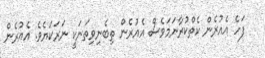
ފަހެ އެއުރެން ކެތްކުރާނަމަވެސް އެއުރެން ތިބެނިވިތަނަކީ ނަރަކަޔެވެ. އެއުރެން